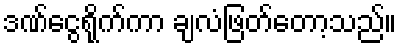
ဒဏ်ငွေရိုက်ကာ ချလံဖြတ်တော့သည်။